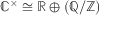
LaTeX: \mathbb { C } ^ { \times } \cong \mathbb { R } \oplus ( \mathbb { Q } / \mathbb { Z } )